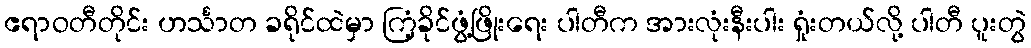
ဧရာဝတီတိုင်း ဟင်္သာတ ခရိုင်ထဲမှာ ကြံ့ခိုင်ဖွံ့ဖြိုးရေး ပါတီက အားလုံးနီးပါး ရှုံးတယ်လို့ ပါတီ ပူးတွဲ